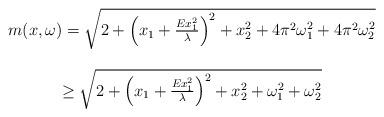
LaTeX: \begin{align*}\begin{array}{c}m(x, \omega)= \sqrt{2+ \left(x_1+ \frac{Ex_1^2}{\lambda} \right)^2 + x_2^2 + 4 \pi^2 \omega_1^2 + 4 \pi^2 \omega_2^2} \\\\\geq \sqrt{2+ \left(x_1+ \frac{Ex_1^2}{\lambda} \right)^2 + x_2^2 + \omega_1^2 + \omega_2^2}\end{array}\end{align*}